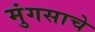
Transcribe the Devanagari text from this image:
मुंगसाचे